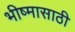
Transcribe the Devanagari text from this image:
भीष्मासाठी